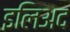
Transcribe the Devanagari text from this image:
इलिअद